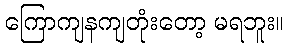
ကြောကျနကျတုံးတော့ မရဘူး။